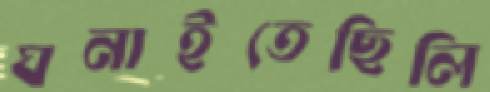
ঘনাইতেছিলি